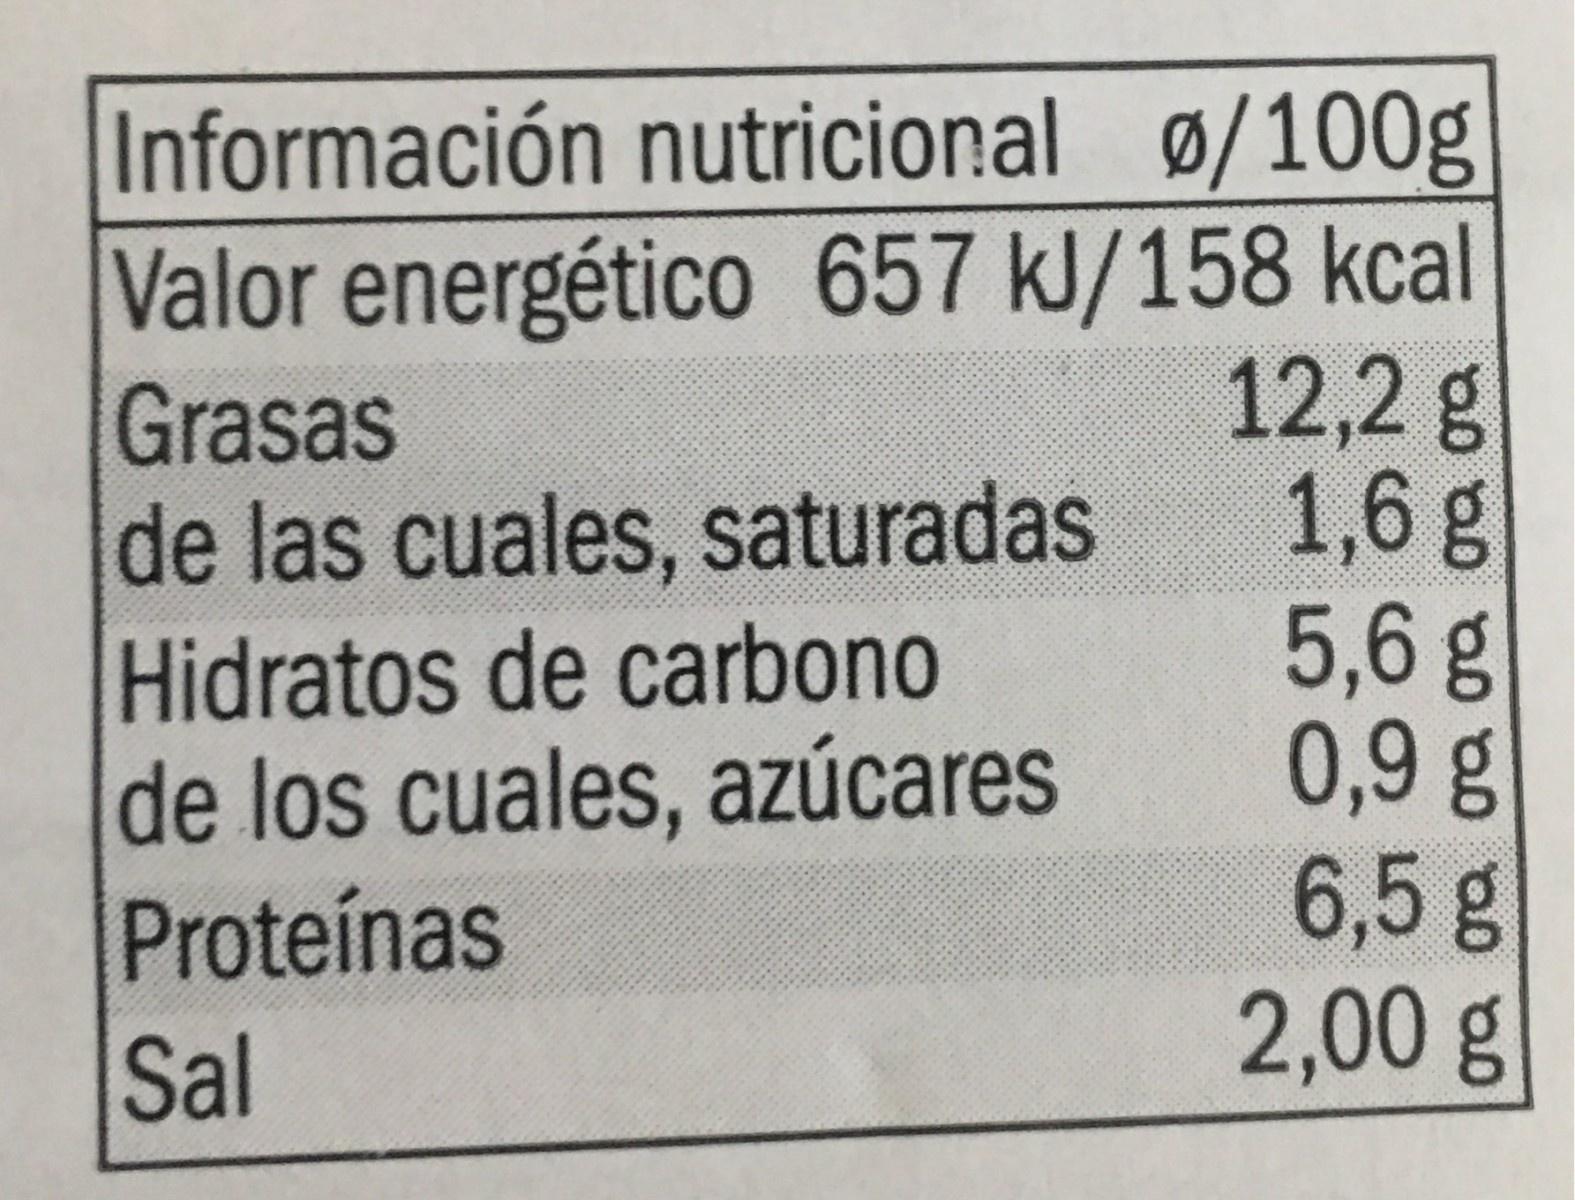
Información nutricional ø/100g Valor energético 657 kJ/158 kcal 12,2 g 1,6 g 5,6 g 0,9 g 6,5g 2,00g
Grasas de las cuales, saturadas
Hidratos de carbono de los cuales, azúcares Proteínas
Sal